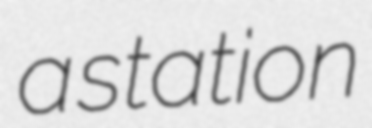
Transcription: a station